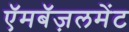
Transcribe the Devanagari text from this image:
ऍमबॅज़लमेंट